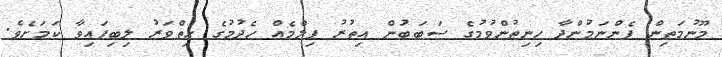
މޫނުމަތިން ފެންނަމުންދާ ހިނިތުންވުމުގެ ސަބަބަުން އިތުރު ފިލްމެއް ހެދުމުގެ ހިތްވަރު ލިބިފައިވާ ކަމަށެވެ.